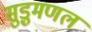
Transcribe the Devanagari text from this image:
सुड़ुमणल